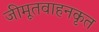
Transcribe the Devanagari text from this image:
जीमूतवाहनकृत